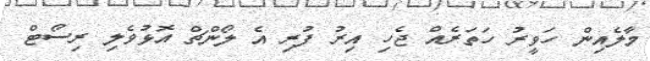
މާލެއިން ހަވީރު ހަތަރެއް ޖެހި އިރު ފުރި އެ ލޯންޗް އޮޅުވެލި ރިސޯޓް